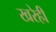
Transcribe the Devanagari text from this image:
खरेही